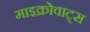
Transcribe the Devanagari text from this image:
माइक्रोवाट्स